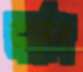
আর্নেল